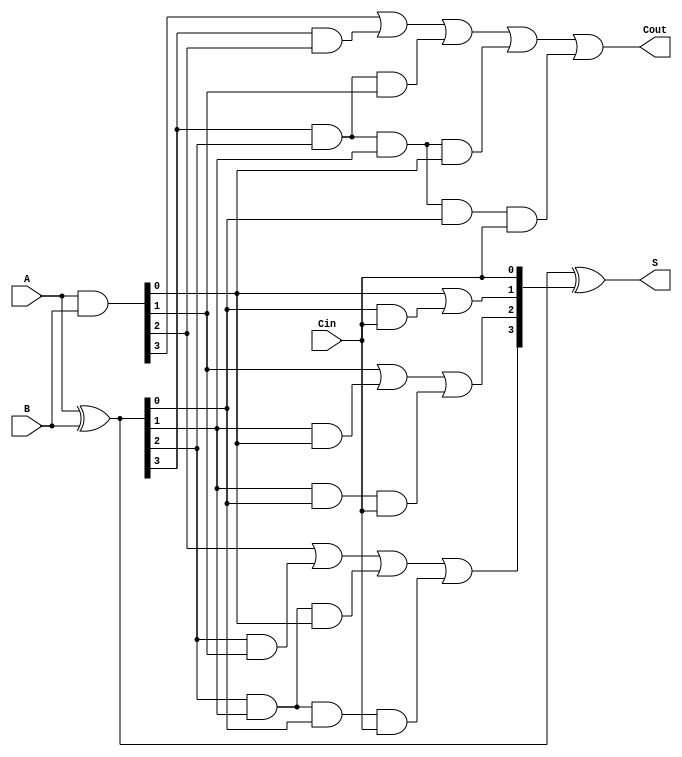
module CLA_4bit(A, B, Cin, S, Cout);
	
	parameter n = 4;
	input [n - 1: 0] A, B;
	input Cin;
	
	output [n - 1: 0] S;
	output Cout;

	wire [3:0] G,P,C;
	
	//Generate function
  	assign G = A & B; // generate
  	//Propagate
  	assign P = A ^ B; // propagate
  	//Computation of carry bits
  	assign C[0] = Cin;
  	assign C[1] = G[0] | (P[0]&C[0]);
  	assign C[2] = G[1] | (P[1]&G[0]) | (P[1]&P[0]&C[0]);
  	assign C[3] = G[2] | (P[2]&G[1]) | (P[2]&P[1]&G[0]) | (P[2]&P[1]&P[0]&C[0]);
  	//Compute Cous and S 
  	assign Cout = G[3] | (P[3]&G[2]) | (P[3]&P[2]&G[1]) | (P[3]&P[2]&P[1]&G[0]) | (P[3]&P[2]&P[1]&P[0]&C[0]);
  	assign S = P ^ C;

endmodule

module Adder_16bit(A, B, Cin, S, Cout);

	parameter n = 16;
	parameter m = 4;

	input [n - 1: 0] A, B;
	input Cin;
	
	output [n - 1: 0] S;
	output Cout;
	
	//Please refer to P32 of slides.
	wire C4, C8, C12;
	wire [m - 1: 0] S0_3, S4_7, S8_11, S12_15;
	assign S = {S12_15, S8_11, S4_7, S0_3};
	
	CLA_4bit cla0(A[3:0], B[3:0], Cin, S0_3, C4);
	CLA_4bit cla1(A[7:4], B[7:4], C4, S4_7, C8);
	CLA_4bit cla2(A[11:8], B[11:8], C8, S8_11, C12);
	CLA_4bit cla3(A[15:12], B[15:12], C12, S12_15, Cout);
	
endmodule

module ALU(A, B, Cin, Mode, Y, Cout, Overflow);

	//Initialize the parameter.
	parameter n = 16;
	parameter m = 4;
	
	//Declare inputs.
	input [n - 1: 0] A, B;
	input Cin;
	input [m - 1: 0] Mode;	
	
	//Declare outputs.
	output reg [n - 1: 0] Y;
	output reg Cout;
	output reg Overflow;
	
	// //You can add whatever wire or reg variables if you want.
	wire[n - 1: 0] add_AB, sub_AB;
	wire CoutSub, CoutAdd;

	Adder_16bit add_two_num_CLA(A, B, Cin, add_AB, CoutAdd);
	Adder_16bit sub_two_num_CLA(A, (~B)+1'b1, Cin, sub_AB, CoutSub);
	
	always@(*)begin
		case(Mode)
			//Logical shift A left by 1-bit.
			4'd0: begin
				Y = A << 1'b1;
				Cout = 1'b0;
				Overflow = 1'b0;
			end
			//Arithmetic shift A left by 1-bit.
			4'd1: begin
				Y = A <<< 1'b1;
				Cout = 1'b0;
				Overflow = 1'b0;
			end
			//Logical shift A right by 1-bit.
			4'd2: begin
				Y = A >> 1'b1;
				Cout = 1'b0;
				Overflow = 1'b0;
			end
			//Arithmetic shift A right by 1-bit.
			4'd3: begin
				Y = A >>> 1'b1;
				Y[15] = 1; // kalo di arithmetic shift, A15 hrs selalu 1
				Cout = 1'b0;
				Overflow = 1'b0;
			end

			//Add two numbers with cla.
			//Don't forget the Cout and Overflow.
			//Make use of CLA_16bit module.
			4'd4: begin
				Y = add_AB;
				Cout = CoutAdd;
				Overflow = (~A[15]&~B[15]&Y[15])||(A[15]&B[15]&~Y[15]);
			end

			//Subtract B from A.
			//Don't forget the Cout and Overflow.
			//Make use of CLA_16bit module.
			4'd5: begin
				Y = sub_AB;
				Cout = CoutSub;
				Overflow = (~A[15]&B[15]&Y[15])||(A[15]&~B[15]&~Y[15]);
			end

			//and
			4'd6: begin
				Y = A & B;
				Cout = 1'b0;
				Overflow = 1'b0;
			end

			//or
			4'd7: begin
				Y = A | B;
				Cout = 1'b0;
				Overflow = 1'b0;
			end

			//not A
			4'd8: begin
				Y = ~A;
				Cout = 1'b0;
				Overflow = 1'b0;
			end

			//xor
			4'd9: begin
				Y = A ^ B;
				Cout = 1'b0;
				Overflow = 1'b0;
			end

			//xnor
			4'd10: begin
				Y = ~(A ^ B);
				Cout = 1'b0;
				Overflow = 1'b0;
			end

			//nor
			4'd11: begin
				Y = ~(A | B);
				Cout = 1'b0;
				Overflow = 1'b0;
			end

			//binary to one-hot
			4'd12: begin
				Y = 16'd1<<A[3:0];
				Cout = 1'b0;
				Overflow = 1'b0;
			end

			//A
			4'd13: begin
				Y = A;
				Cout = 1'b0;
				Overflow = 1'b0;
			end

			//B
			4'd14: begin
				Y = B;
				Cout = 1'b0;
				Overflow = 1'b0;
			end

			//find first one from left
			4'd15: begin
				/*
				Y = 4'd15;
				while (A[Y]==0)
					begin 
						Y = Y - 4'd1;
					end
				Cout = 4'd0;
				Overflow = 4'd0;
				*/
				if(A[15] == 1)
					Y = 4'd15;

				else if(A[14] == 1)
					Y = 4'd14;

				else if(A[13] == 1)
					Y = 4'd13;

				else if(A[12] == 1)
					Y = 4'd12;
				
				else if(A[11] == 1)
					Y = 4'd11;
				
				else if(A[10] == 1)
					Y = 4'd10;
				
				else if(A[9] == 1)
					Y = 4'd9;
				
				else if(A[8] == 1)
					Y = 4'd8;
				
				else if(A[7] == 1)
					Y = 4'd7;
				
				else if(A[6] == 1)
					Y = 4'd6;
				
				else if(A[5] == 1)
					Y = 4'd5;
				
				else if(A[4] == 1)
					Y = 4'd4;
				
				else if(A[3] == 1)
					Y = 4'd3;
				
				else if(A[2] == 1)
					Y = 4'd2;
				
				else if(A[1] == 1)
					Y = 4'd1;
				
				else if(A[0] == 1)
					Y = 4'd0;
				
				Cout = 1'b0;
				Overflow = 1'b0;
			end

			//default is necessary
			default: begin
				Y  = 1'b0;
			end
		endcase
	end
	
endmodule